Civil Veterinary Dept. Bombay admin report 1893-99 - 1893-1899
Year: 1893
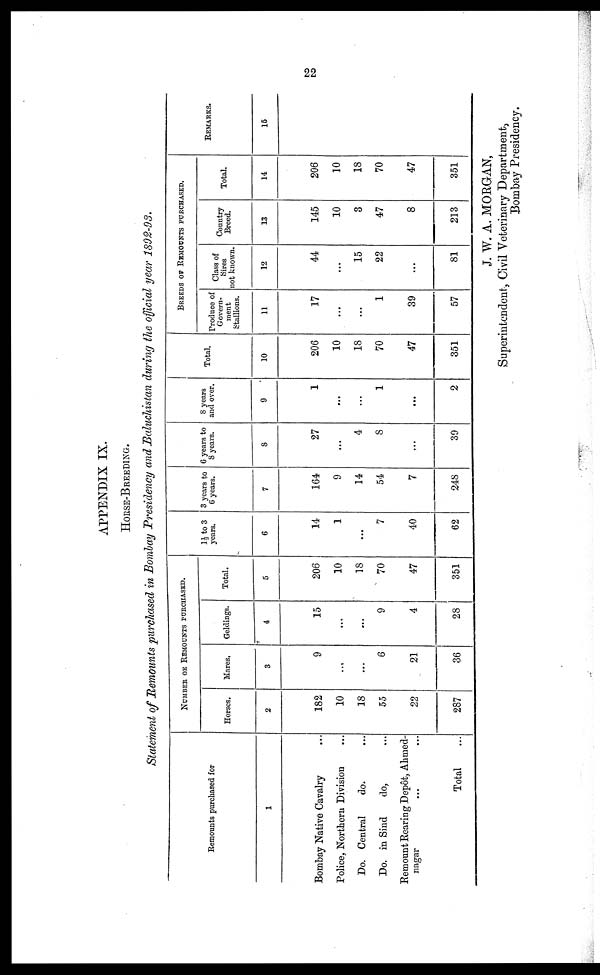
22
APPENDIX IX.
HORSE-BREEDING.
Statement of Remounts purchased in Bombay Presidency and Baluchistan during the official year 1892-93.
Remounts purchased for
1
Bombay Native Cavalry ...
Police, Northern Division ...
Do. Central
do. ...
Do. in Sind
do, ...
Remount Rearing Depot, Ahmed-
nagar ... ...
Total ...
NUMBER OF REMOUNTS PURCHASED.
Horses.
2
182
10
18
55
22
287
Mares.
3
9
...
...
6
21
36
Geldings.
4
15
...
...
9
4
28
Total.
5
206
10
18
70
47
351
1½ to 3
years.
6
14
1
...
7
40
62
3 years to
6 years.
7
164
9
14
54
7
248
6 years to
8 years.
8
27
...
4
8
...
39
8 years
and over.
9
1
...
...
1
...
2
Total.
10
206
10
18
70
47
351
BREEDS OF REMOUNTS PURCHASED.
Produce of
Govern-
ment
Stallions.
11
17
...
...
1
39
57
Class of
Sires
not known.
12
44
...
15
22
...
81
Country
Breed.
13
145
10
3
47
8
213
Total.
14
206
10
18
70
47
351
REMARKS.
15
J. W. A. MORGAN,
Superintendent, Civil Veterinary Department,
Bombay Presidency.